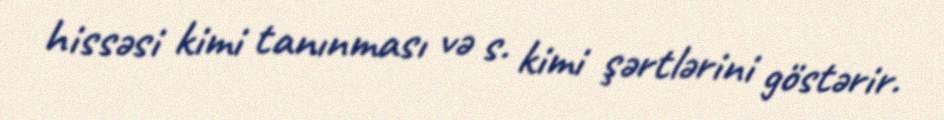
hissəsi kimi tanınması və s. kimi şərtlərini göstərir.